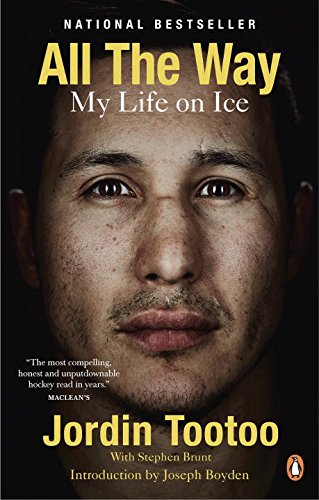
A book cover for All the Way: My Life on Ice; Jordin Tootoo; Biographies & Memoirs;